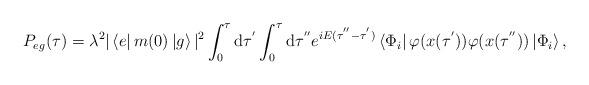
LaTeX: \begin{align*}P_{eg}(\tau)=\lambda^{2}|\left<e\right|m(0)\left|g\right>|^{2}\int_{0}^{\tau}{\rm d}\tau^{'}\int_{0}^{\tau}{\rm d}\tau^{''}e^{iE(\tau^{''}-\tau^{'})}\left<\Phi_{i}\right|\varphi(x(\tau^{'}))\varphi(x(\tau^{''}))\left|\Phi_{i}\right>, \end{align*}